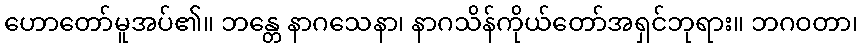
ဟောတော်မူအပ်၏။ ဘန္တေ နာဂသေနာ၊ နာဂသိန်ကိုယ်တော်အရှင်ဘုရား။ ဘဂဝတာ၊